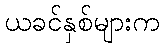
ယခင်နှစ်များက